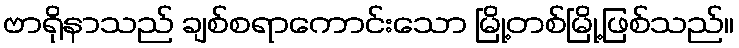
ဗာရိုနာသည် ချစ်စရာကောင်းသော မြို့တစ်မြို့ဖြစ်သည်။